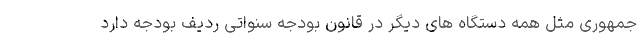
جمهوری مثل همه دستگاه های دیگر در قانون بودجه سنواتی ردیف بودجه دارد